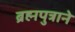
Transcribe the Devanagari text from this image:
ब्रह्मपुत्राने